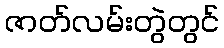
ဇာတ်လမ်းတွဲတွင်